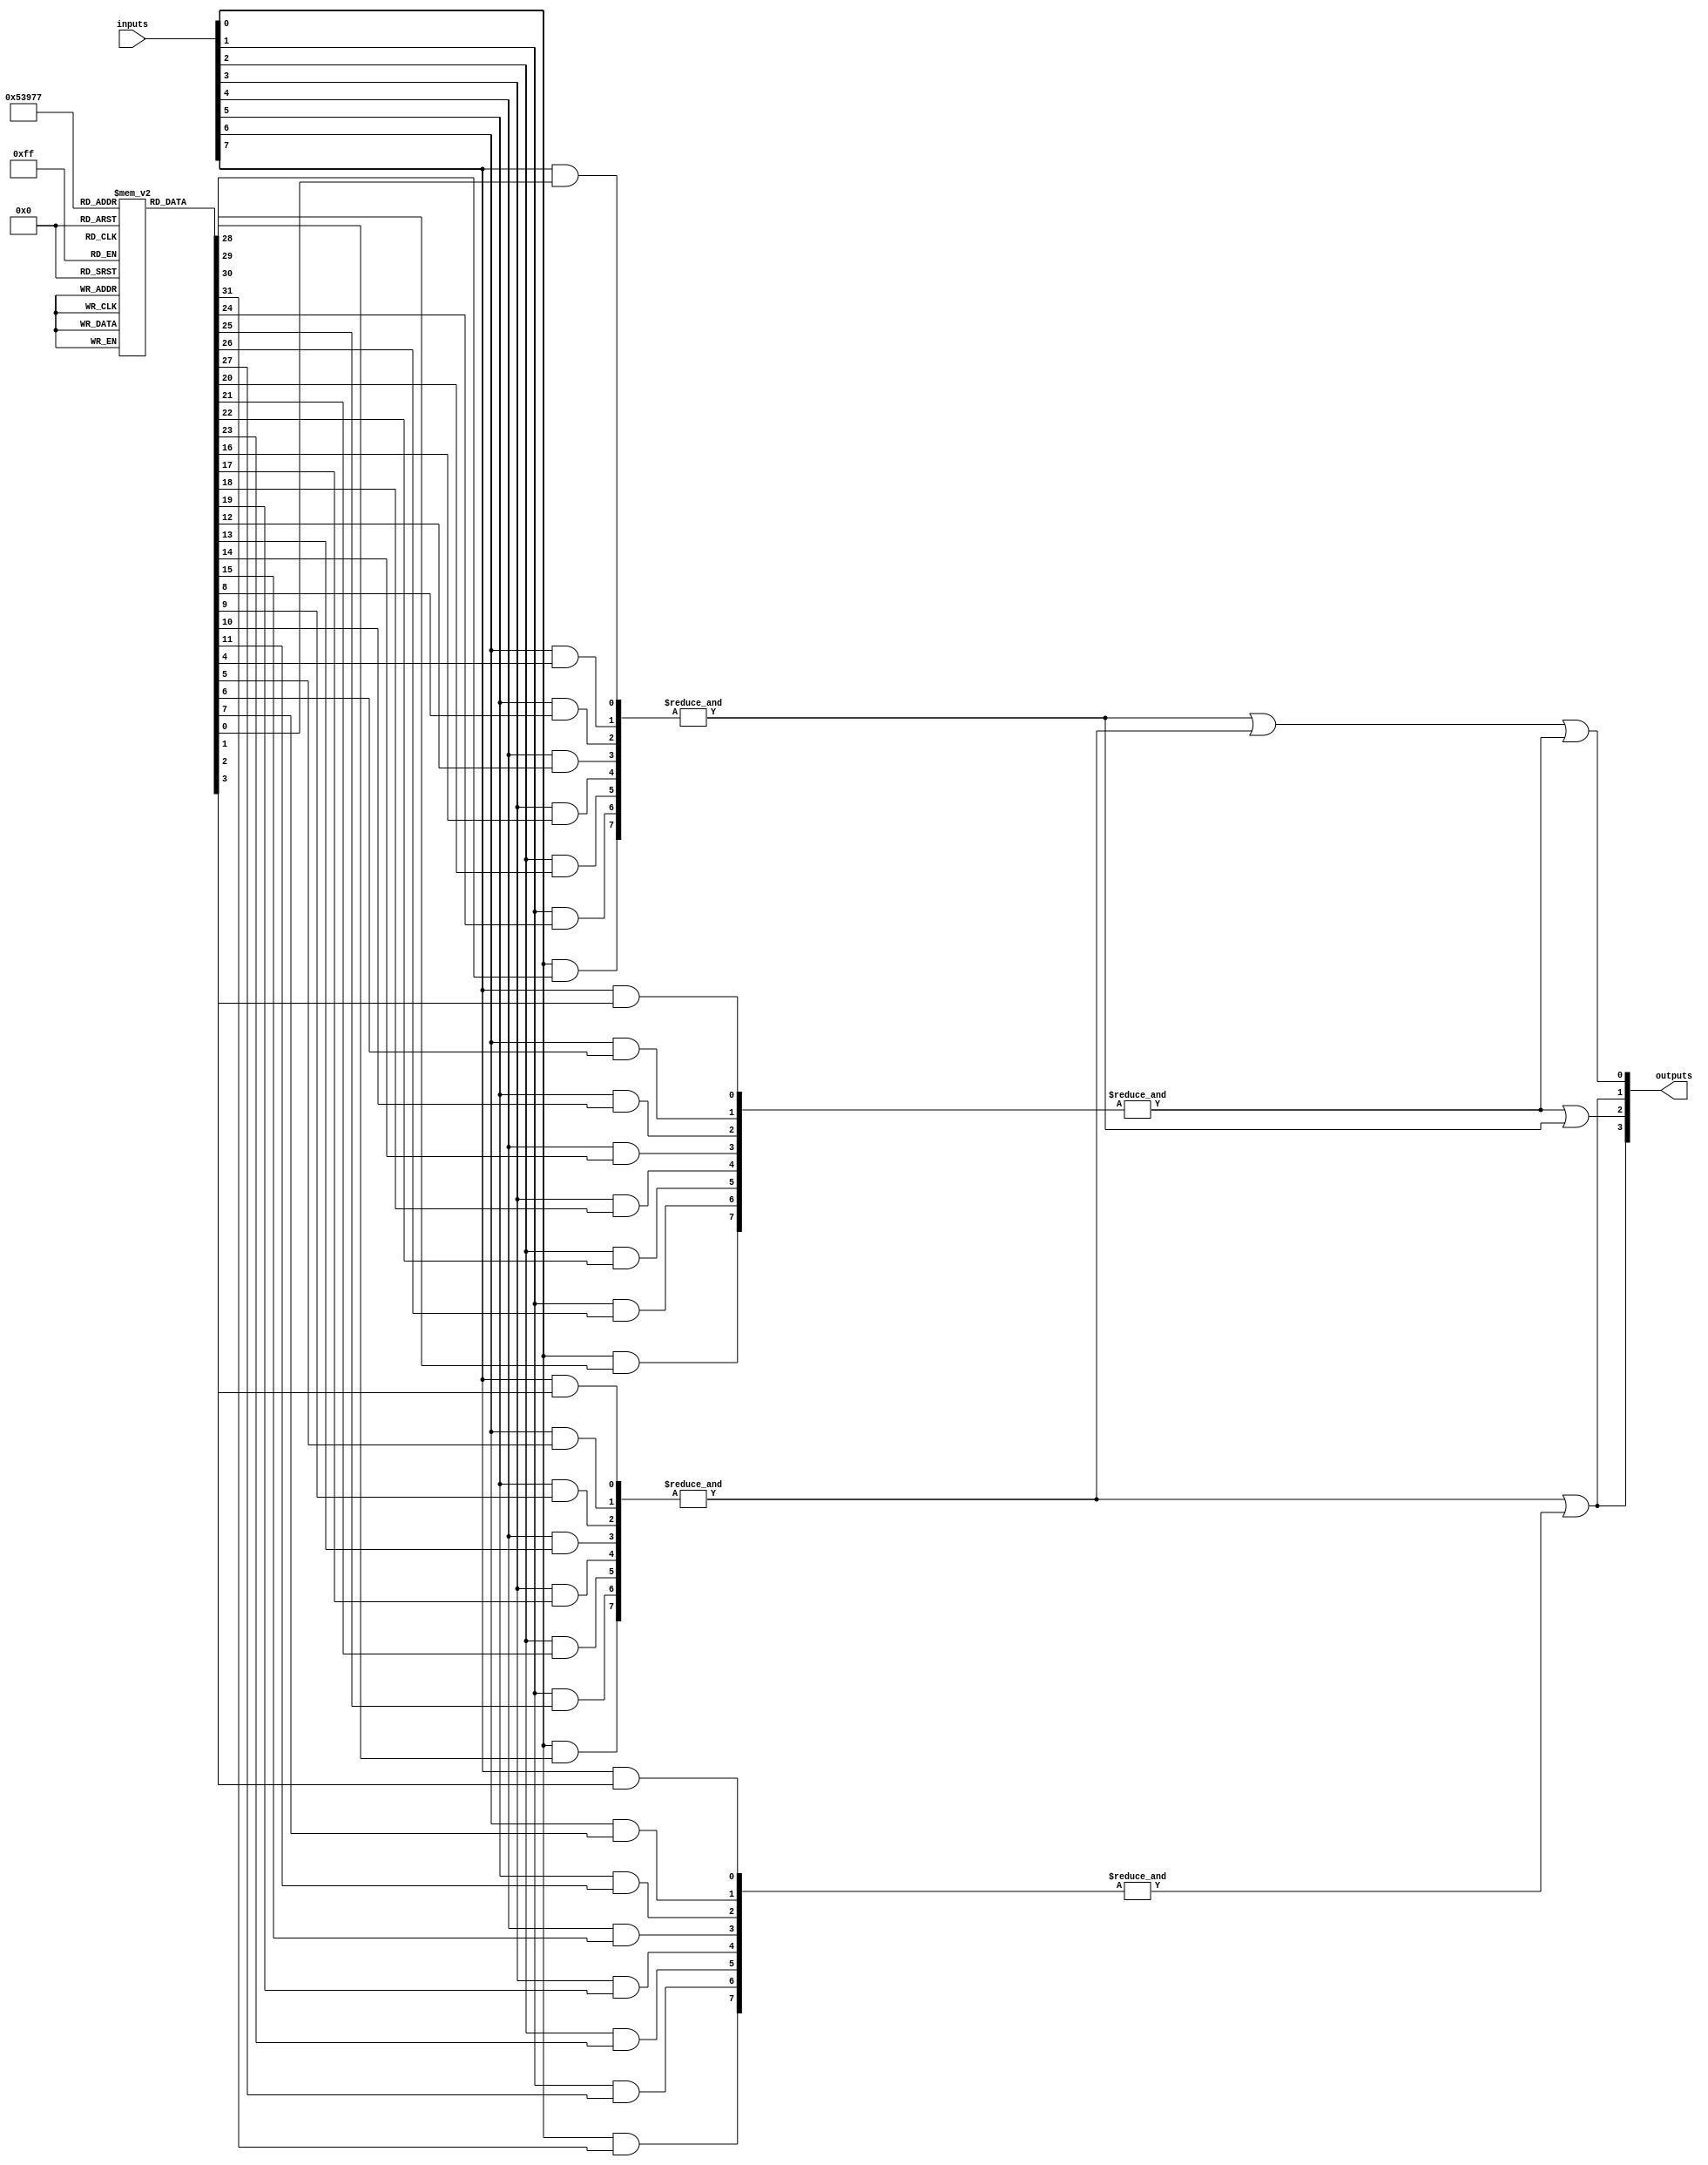
module FlashProgrammablePAL (
    input wire [N-1:0] inputs,     // N input lines
    output wire [M-1:0] outputs     // M output lines
);

// Parameters
parameter N = 8; // Number of inputs
parameter M = 4; // Number of outputs
parameter P = 4; // Number of product terms

// Programmable AND array
reg [P-1:0] and_terms [N-1:0]; // AND terms configuration (N inputs, P product terms)
wire [P-1:0] and_outputs;       // Outputs of AND gates

// OR array (fixed)
wire [M-1:0] or_outputs;        // Outputs of OR gates

// Generate AND gates
genvar i, j;
generate
    for (i = 0; i < P; i = i + 1) begin : and_gate
        assign and_outputs[i] = &({inputs[0] & and_terms[0][i],
                                    inputs[1] & and_terms[1][i],
                                    inputs[2] & and_terms[2][i],
                                    inputs[3] & and_terms[3][i],
                                    inputs[4] & and_terms[4][i],
                                    inputs[5] & and_terms[5][i],
                                    inputs[6] & and_terms[6][i],
                                    inputs[7] & and_terms[7][i]});
    end
endgenerate

// Generate OR gates (fixed)
assign or_outputs[0] = and_outputs[0] | and_outputs[1] | and_outputs[2]; // Example logic for output 0
assign or_outputs[1] = and_outputs[1] | and_outputs[3]; // Example logic for output 1
assign or_outputs[2] = and_outputs[2] | and_outputs[0]; // Example logic for output 2
assign or_outputs[3] = and_outputs[3] | and_outputs[1]; // Example logic for output 3

// Output stage
assign outputs = or_outputs;

endmodule